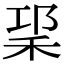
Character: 𥞱